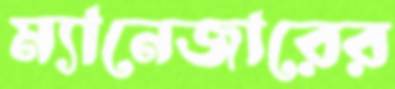
ম্যানেজারের